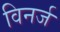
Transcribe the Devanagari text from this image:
विनर्ज